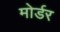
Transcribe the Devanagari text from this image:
मोर्डर